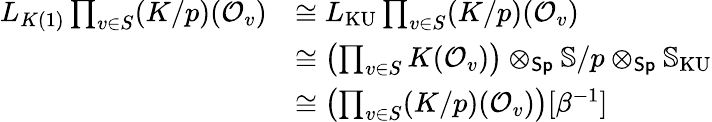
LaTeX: \begin{array}{rl}{L_{K(1)}\prod_{v\in S}(K/p)(\mathcal{O}_{v})}&{\cong L_{\operatorname*{KU}}\prod_{v\in S}(K/p)(\mathcal{O}_{v})}\\ &{\cong\left(\prod_{v\in S}K(\mathcal{O}_{v})\right)\otimes_{\mathsf{Sp}}\mathbb{S}/p\otimes_{\mathsf{Sp}}\mathbb{S}_{\operatorname*{KU}}}\\ &{\cong\left(\prod_{v\in S}(K/p)(\mathcal{O}_{v})\right)[\beta^{-1}]}\end{array}